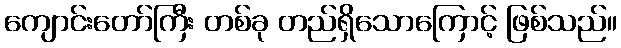
ကျောင်းတော်ကြီး တစ်ခု တည်ရှိသောကြောင့် ဖြစ်သည်။